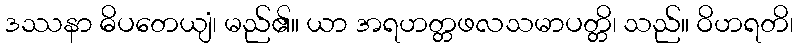
ဒဿနာ ဓိပတေယျံ၊ မည်၏။ ယာ အရဟတ္တဖလသမာပတ္တိ၊ သည်။ ဝိဟရတိ၊